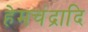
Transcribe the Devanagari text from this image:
हेमचंद्रादि